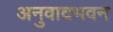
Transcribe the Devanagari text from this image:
अनुवादभवन